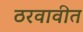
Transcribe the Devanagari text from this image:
ठरवावीत